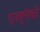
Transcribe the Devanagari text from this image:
दज्युलेकी